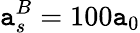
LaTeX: \mathtt{a}_{s}^{B}=100\mathtt{a}_{0}